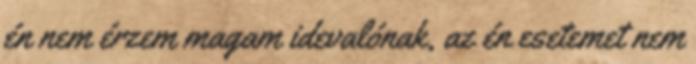
én nem érzem magam idevalónak, az én esetemet nem